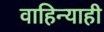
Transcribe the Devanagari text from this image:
वाहिन्याही